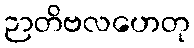
ဉာတိဗလဟေတု